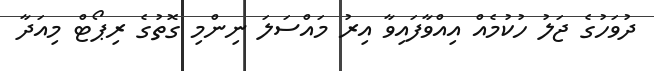
ދުވަހުގެ ޖަލު ހުކުމެއް އިއްވާފައިވާ އިރު މައްސަލަ ނިންމި ގޮތުގެ ރިޕޯޓް މިއަދާ